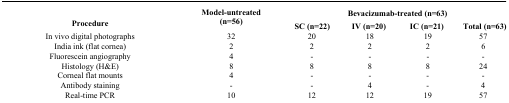
<table><thead><tr><td rowspan="2"><b>Procedure</b></td><td rowspan="2"><b>Model-untreated (n=56)</b></td><td colspan="4"><b>Bevacizumab-treated (n=63)</b></td></tr><tr><td><b>SC (n=22)</b></td><td><b>IV (n=20)</b></td><td><b>IC (n=21)</b></td><td><b>Total (n=63)</b></td></tr></thead><tbody><tr><td>In vivo digital photographs</td><td>32</td><td>20</td><td>18</td><td>19</td><td>57</td></tr><tr><td>India ink (flat cornea)</td><td>2</td><td>2</td><td>2</td><td>2</td><td>6</td></tr><tr><td>Fluorescein angiography</td><td>4</td><td>-</td><td>-</td><td>-</td><td>-</td></tr><tr><td>Histology (H&amp;E)</td><td>8</td><td>8</td><td>8</td><td>8</td><td>24</td></tr><tr><td>Corneal flat mounts</td><td>4</td><td>-</td><td>-</td><td>-</td><td>-</td></tr><tr><td>Antibody staining</td><td>-</td><td>-</td><td>4</td><td>-</td><td>4</td></tr><tr><td>Real-time PCR</td><td>10</td><td>12</td><td>12</td><td>19</td><td>57</td></tr></tbody></table>